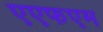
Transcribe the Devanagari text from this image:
एएफएम